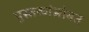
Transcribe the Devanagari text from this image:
पुस्तकांसोबत